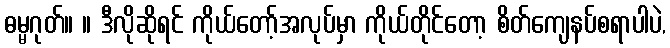
ဓမ္မဂုတ်။ ။ ဒီလိုဆိုရင် ကိုယ်တော့်အလုပ်မှာ ကိုယ်တိုင်တော့ စိတ်ကျေနပ်စရာပါပဲ,